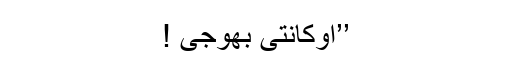
’’آؤکانتی بھوجی !